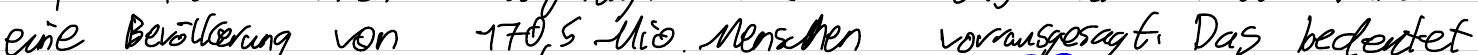
eine Bevölkerung von 170,5 Mio. Menschen vorausgesagt. Das bedeutet